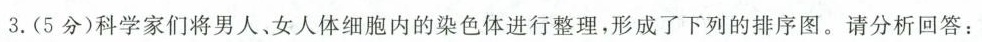
3.(5分)科学家们将男人、女人体细胞内的染色体进行整理，形成了下列的排序图。请分析回答：